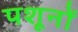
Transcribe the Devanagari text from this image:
पशूनों